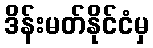
ဒိန်းမတ်နိုင်ငံမှ